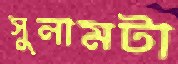
সুনামটা